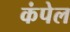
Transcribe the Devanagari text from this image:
कंपेल